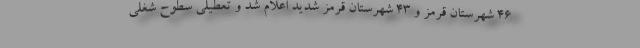
۴۶ شهرستان قرمز و ۴۳ شهرستان قرمز شدید اعلام شد و تعطیلی سطوح شغلی